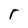
Character: r